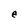
Character: e